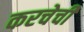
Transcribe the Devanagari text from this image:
करचेची